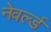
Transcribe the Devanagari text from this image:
नेवर्ल्ड